65_HS1-834228961_62-HQ-83894_Section_6
Agency: FBI
Page 167
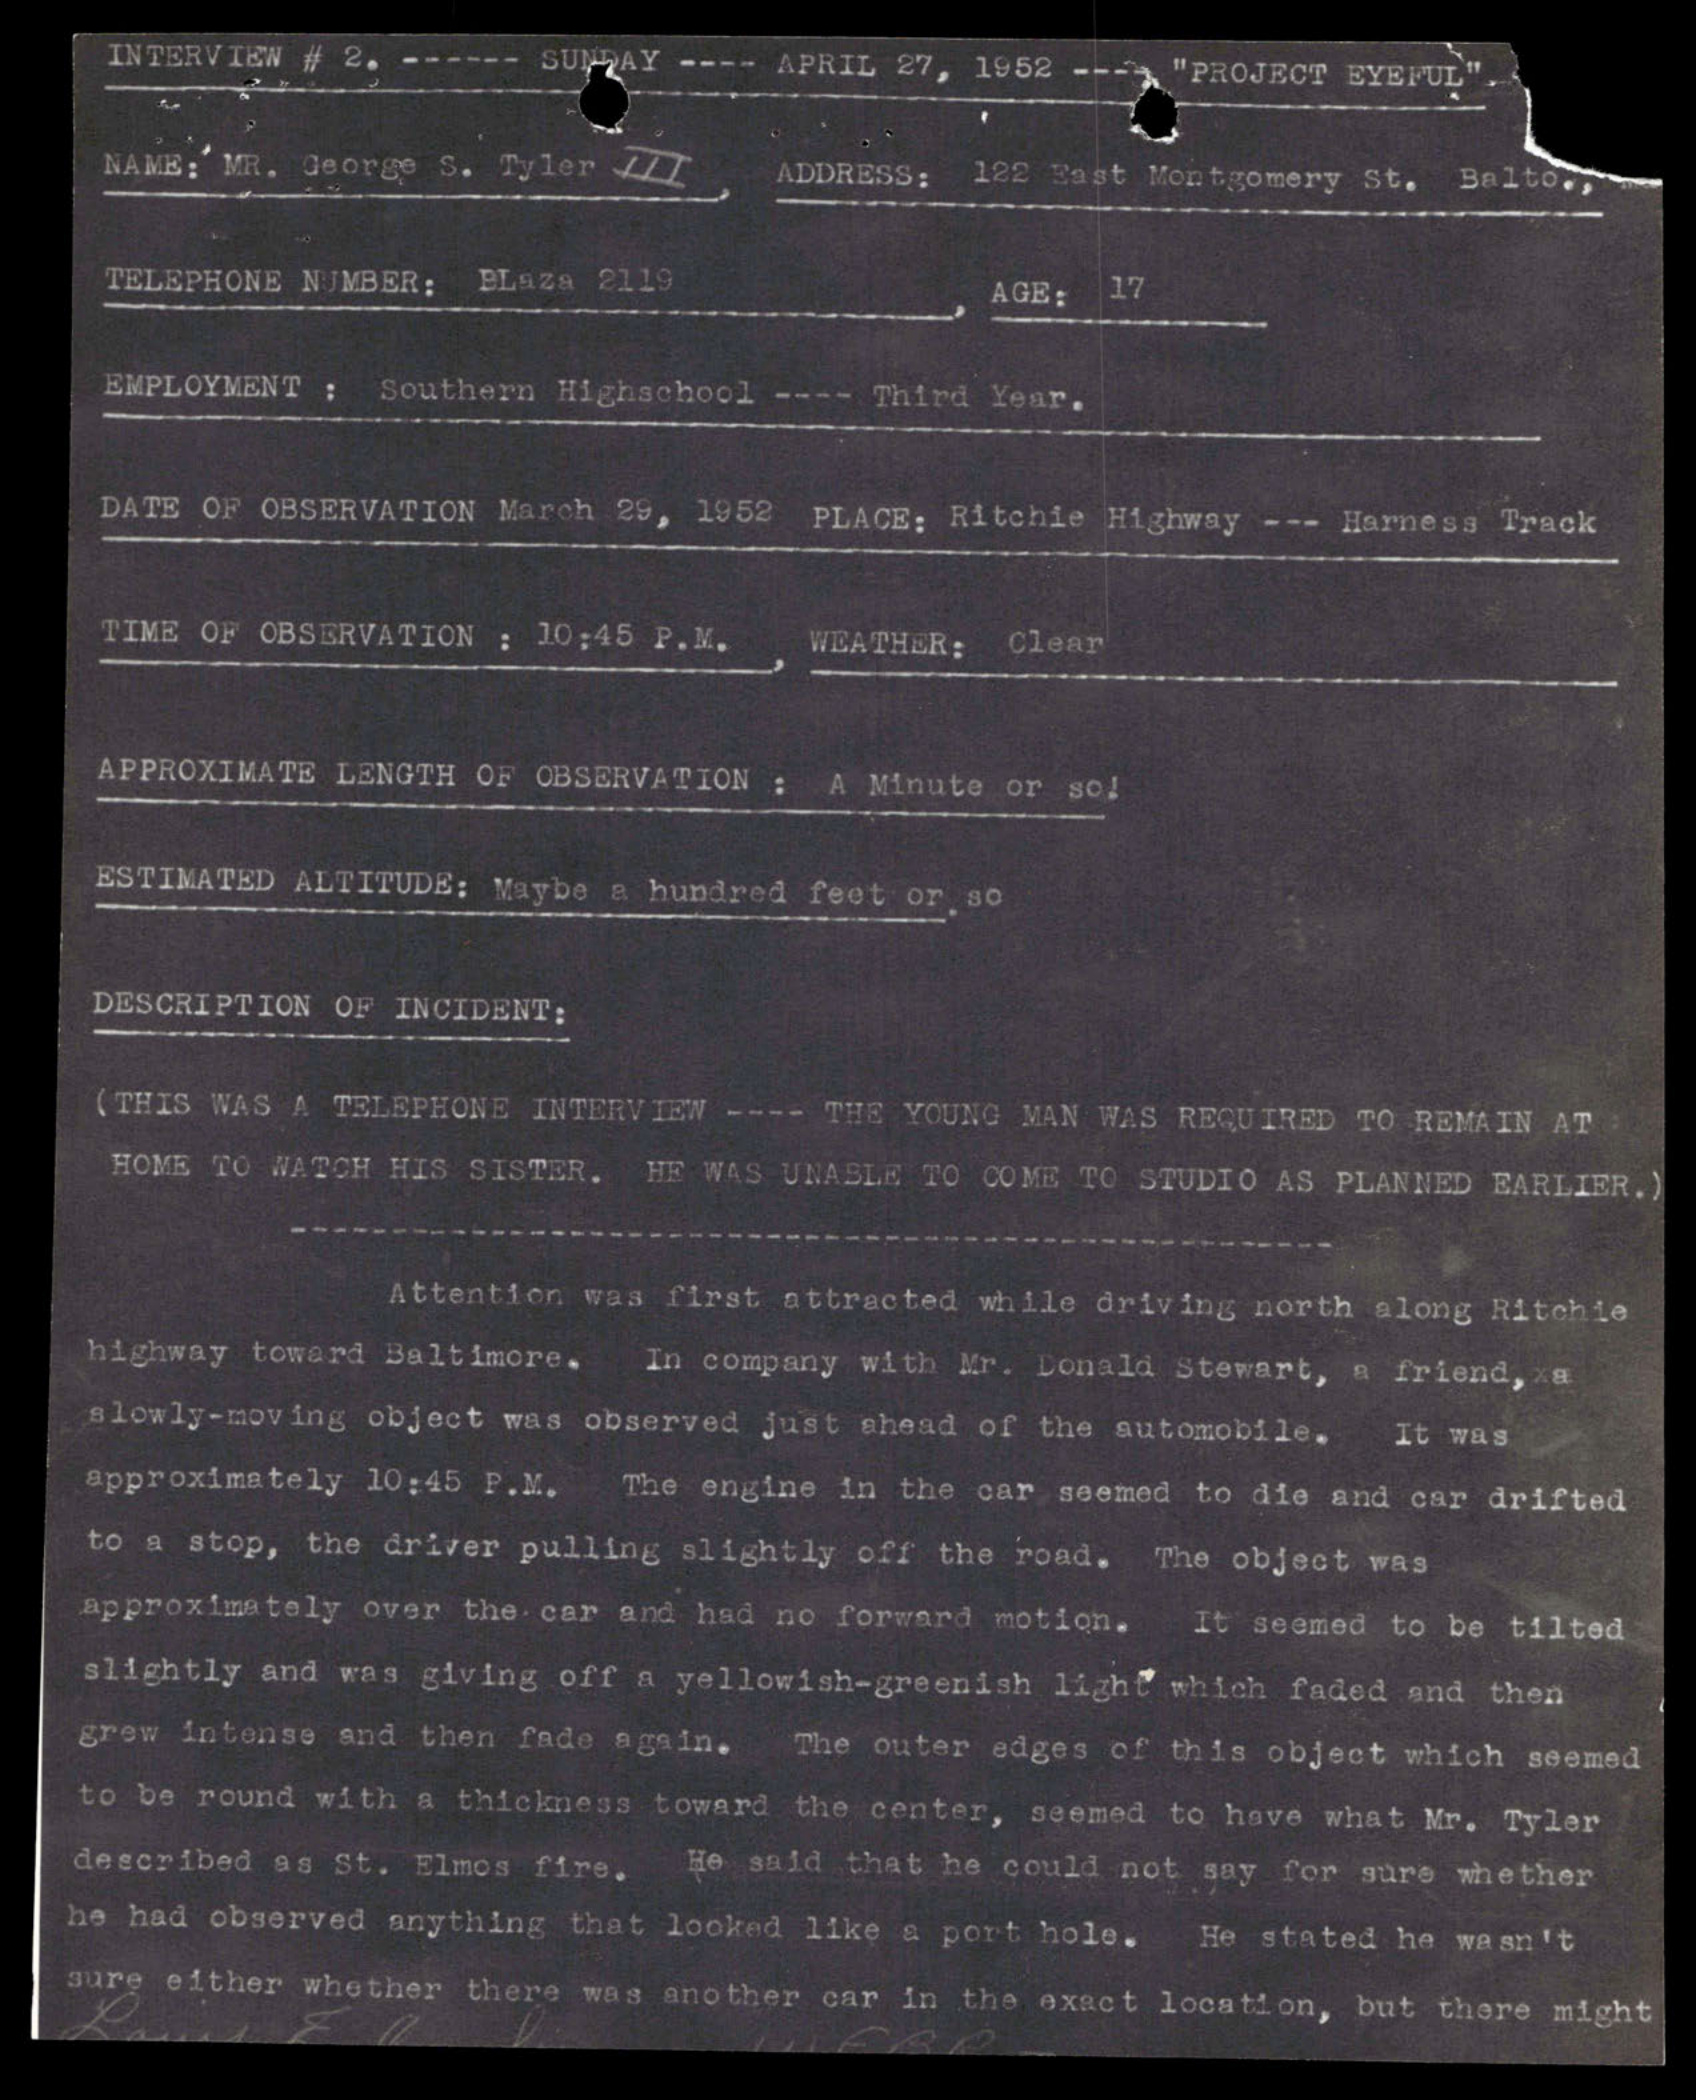